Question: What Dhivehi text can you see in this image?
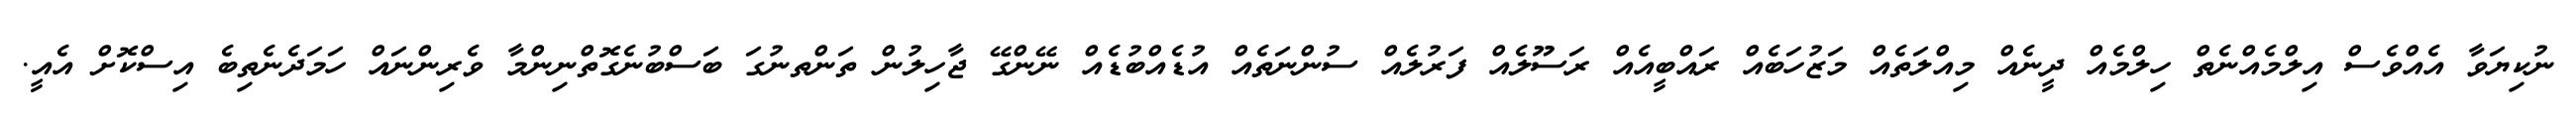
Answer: ނުކިޔަވާ އެއްވެސް އިލްމެއްނެތް ހިލްމެއް ދީނެއް މިއްލަތެއް މަޒުހަބެއް ރައްބީއެއް ރަސޫލެއް ފަރުލެއް ސުންނަތެއް އުޑެއްބުޑެއް ނޭންގޭ ޖާހިލުން ތަންތނުގަ ބަސްބުނެގޮތްނިންމާ ވެރިންނައް ހަމަދެނެތިބެ އިސްކޮށް އެއީ.